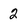
Character: 2